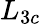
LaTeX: L_{3c}